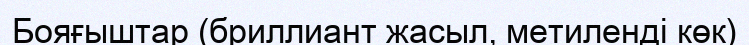
Бояғыштар (бриллиант жасыл, метиленді көк)